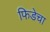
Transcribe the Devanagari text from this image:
फिडेचा